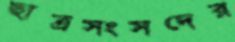
ছাত্রসংসদের